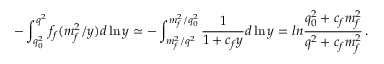
- \int _ { q _ { 0 } ^ { 2 } } ^ { q ^ { 2 } } f _ { f } ( m _ { f } ^ { 2 } / y ) d \ln y \simeq - \int _ { m _ { f } ^ { 2 } / q ^ { 2 } } ^ { m _ { f } ^ { 2 } / q _ { 0 } ^ { 2 } } \frac { 1 } { 1 + c _ { f } y } d \ln y = l n \frac { q _ { 0 } ^ { 2 } + c _ { f } m _ { f } ^ { 2 } } { q ^ { 2 } + c _ { f } m _ { f } ^ { 2 } } \, .